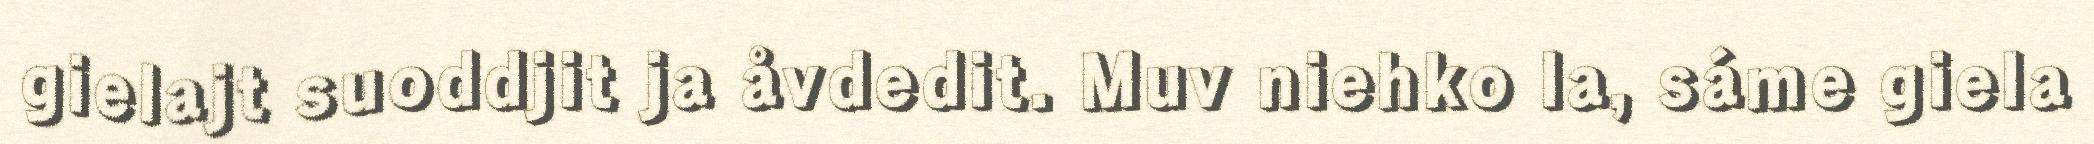
gielajt suoddjit ja åvdedit. Muv niehko la, sáme giela